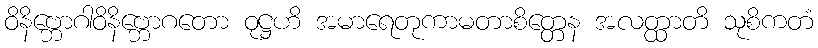
ဝိနိဗ္ဘောဂါဝိနိဗ္ဘောဂတော ဝုဋ္ဌဟိ အမာရေတုကာမတာစိတ္တေန အလတ္ထာတိ သုစိကတံ